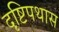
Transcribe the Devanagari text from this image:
दृष्टिपथास